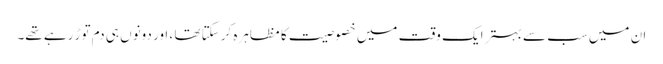
ان میں سب سے بہتر ایک وقت میں خصوصیت کا مظاہرہ کرسکتا تھا ، اور دونوں ہی دم توڑ رہے تھے۔